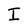
Character: I